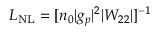
L _ { \mathrm { N L } } = [ n _ { 0 } | g _ { p } | ^ { 2 } | W _ { 2 2 } | ] ^ { - 1 }